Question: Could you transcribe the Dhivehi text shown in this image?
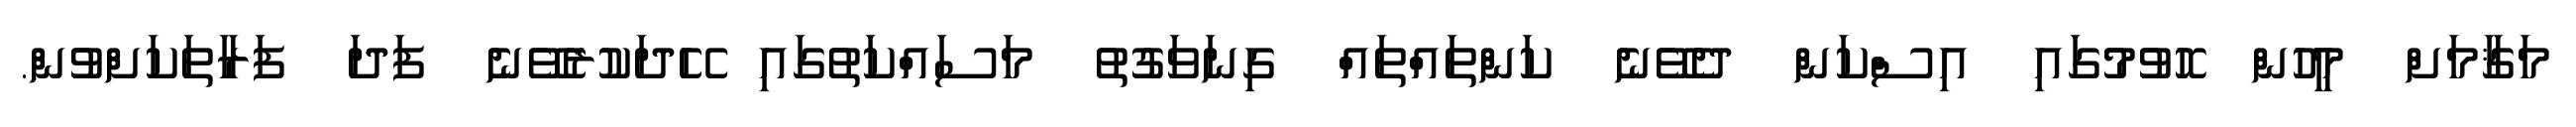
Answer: މަޤާމަށް މީހުން ހޮވުމުގައި އިސްކަން ދެވޭނެ ކަންތައްތައް ގިނަވަގުތު މަސައްކަތުގައި ހޭދަކުރެވޭނެ ފަދަ ފަރާތަކަށްވުން.